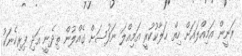
ރަނީން އަމިއްލައަށް ހިތް ހަލާކުކުރީ އަމިއްލަ ނަފުސަށް ގެއްލުން ތިދެނީ އަދި ފިރިހެނަކު